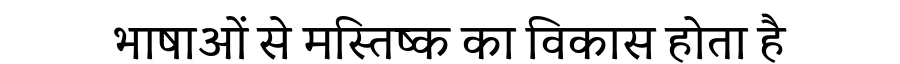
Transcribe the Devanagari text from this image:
भाषाओं से मस्तिष्क का विकास होता है